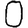
Digit: 0